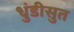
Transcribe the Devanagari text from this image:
धुंडीसुत